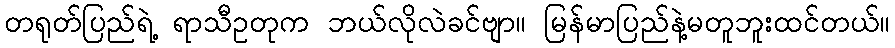
တရုတ်ပြည်ရဲ့ ရာသီဥတုက ဘယ်လိုလဲခင်ဗျာ။ မြန်မာပြည်နဲ့မတူဘူးထင်တယ်။